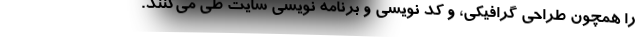
را همچون طراحی گرافیکی، و کد نویسی و برنامه نویسی سایت طی می‌کنند.